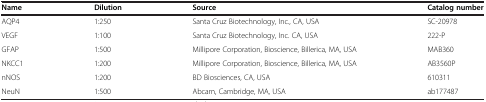
<table><thead><tr><td><b>Name</b></td><td><b>Dilution</b></td><td><b>Source</b></td><td><b>Catalog number</b></td></tr></thead><tbody><tr><td>AQP4</td><td>1:250</td><td>Santa Cruz Biotechnology, Inc., CA, USA</td><td>SC-20978</td></tr><tr><td>VEGF</td><td>1:100</td><td>Santa Cruz Biotechnology, Inc. CA, USA</td><td>222-P</td></tr><tr><td>GFAP</td><td>1:500</td><td>Millipore Corporation, Bioscience, Billerica, MA, USA</td><td>MAB360</td></tr><tr><td>NKCC1</td><td>1:200</td><td>Millipore Corporation, Bioscience, Billerica, MA, USA</td><td>AB3560P</td></tr><tr><td>nNOS</td><td>1:200</td><td>BD Biosciences, CA, USA</td><td>610311</td></tr><tr><td>NeuN</td><td>1:500</td><td>Abcam, Cambridge, MA, USA</td><td>ab177487</td></tr></tbody></table>